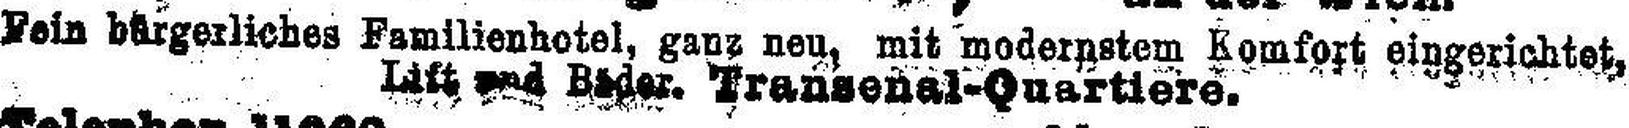
Fein bürgerliches Familienhotel, ganz neu, mit modernstem Komfort eingerichtet,